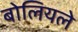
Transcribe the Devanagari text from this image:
बोलियले